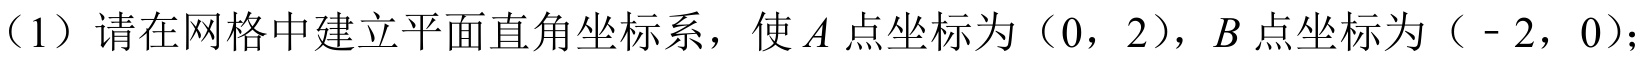
（1）请在网格中建立平面直角坐标系，使\(A\)点坐标为\((0,2)\)，\(B\)点坐标为\(( - 2,0)\)；